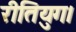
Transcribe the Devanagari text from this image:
रीतियुग।